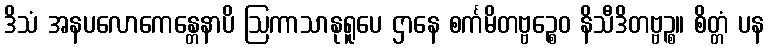
ဒိသံ အနပလောကေန္တေနာပိ ဩကာသာနုရူပေ ဌာနေ စင်္ကမိတဗ္ဗဉ္စေဝ နိသီဒိတဗ္ဗဉ္စ။ စိတ္တံ ပန